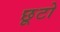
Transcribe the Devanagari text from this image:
छूटो